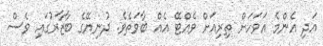
އަދި އެންމެ އަވަހަށް ތިރިއަށް ވެއްޓޭ އެއް ބާވަތެވެ. ދުނިޔޭގެ ބާޒާރުގައި ވެސް